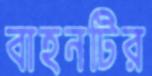
বাহনটির